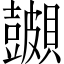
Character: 𬥪